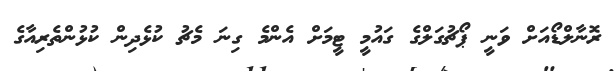
ރޮނާލްޑޯއަށް ވަނީ ޕޯޗުގަލްގެ ގައުމީ ޓީމަށް އެންމެ ގިނަ މެޗު ކުޅެދިން ކުޅުންތެރިއާގެ